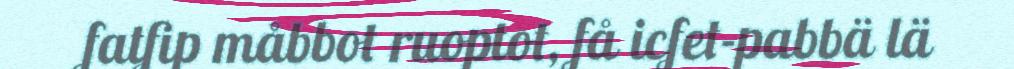
fatfip måbbot ruoptot, få icfet-pabbä lä